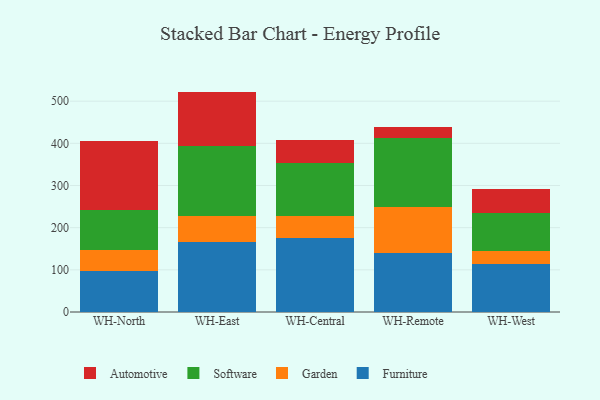
{"axis": {"x": "Warehouse", "y": "Bounce Rate (%)"}, "legend": ["Automotive", "Furniture", "Garden", "Software"], "data": [{"x": "WH-North", "y": 98.1, "type": "Furniture"}, {"x": "WH-North", "y": 49.0, "type": "Garden"}, {"x": "WH-North", "y": 94.3, "type": "Software"}, {"x": "WH-North", "y": 165.1, "type": "Automotive"}, {"x": "WH-East", "y": 165.7, "type": "Furniture"}, {"x": "WH-East", "y": 61.2, "type": "Garden"}, {"x": "WH-East", "y": 165.7, "type": "Software"}, {"x": "WH-East", "y": 130.1, "type": "Automotive"}, {"x": "WH-Central", "y": 175.8, "type": "Furniture"}, {"x": "WH-Central", "y": 52.0, "type": "Garden"}, {"x": "WH-Central", "y": 125.3, "type": "Software"}, {"x": "WH-Central", "y": 55.2, "type": "Automotive"}, {"x": "WH-Remote", "y": 139.9, "type": "Furniture"}, {"x": "WH-Remote", "y": 108.4, "type": "Garden"}, {"x": "WH-Remote", "y": 163.4, "type": "Software"}, {"x": "WH-Remote", "y": 26.4, "type": "Automotive"}, {"x": "WH-West", "y": 113.6, "type": "Furniture"}, {"x": "WH-West", "y": 30.1, "type": "Garden"}, {"x": "WH-West", "y": 91.5, "type": "Software"}, {"x": "WH-West", "y": 55.9, "type": "Automotive"}]}